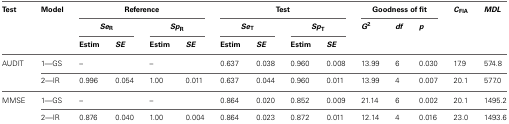
<table><thead><tr><td><b>Test</b></td><td><b>Model</b></td><td colspan="4"><b>Reference</b></td><td colspan="4"><b>Test</b></td><td colspan="3"><b>Goodness of fit</b></td><td><b><i>C</i><sub>FIA</sub></b></td><td><b><i>MDL</i></b></td></tr><tr><td></td><td></td><td colspan="2"><b><i>Se</i><sub>R</sub></b></td><td colspan="2"><b><i>Sp</i><sub>R</sub></b></td><td colspan="2"><b><i>Se</i><sub>T</sub></b></td><td colspan="2"><b><i>Sp</i><sub>T</sub></b></td><td><b><i>G</i><sup>2</sup></b></td><td><b><i>df</i></b></td><td><b><i>p</i></b></td><td colspan="2"></td></tr><tr><td></td><td></td><td><b>Estim</b></td><td><b><i>SE</i></b></td><td><b>Estim</b></td><td><b><i>SE</i></b></td><td><b>Estim</b></td><td><b><i>SE</i></b></td><td><b>Estim</b></td><td><b><i>SE</i></b></td><td></td><td></td><td></td><td></td></tr></thead><tbody><tr><td>AUDIT</td><td>1—GS</td><td>–</td><td></td><td>–</td><td></td><td>0.637</td><td>0.038</td><td>0.960</td><td>0.008</td><td>13.99</td><td>6</td><td>0.030</td><td>17.9</td><td>574.8</td></tr><tr><td></td><td>2—IR</td><td>0.996</td><td>0.054</td><td>1.00</td><td>0.011</td><td>0.637</td><td>0.044</td><td>0.960</td><td>0.011</td><td>13.99</td><td>4</td><td>0.007</td><td>20.1</td><td>577.0</td></tr><tr><td>MMSE</td><td>1—GS</td><td>–</td><td></td><td>–</td><td></td><td>0.864</td><td>0.020</td><td>0.852</td><td>0.009</td><td>21.14</td><td>6</td><td>0.002</td><td>20.1</td><td>1495.2</td></tr><tr><td></td><td>2—IR</td><td>0.876</td><td>0.040</td><td>1.00</td><td>0.004</td><td>0.864</td><td>0.023</td><td>0.872</td><td>0.011</td><td>12.14</td><td>4</td><td>0.016</td><td>23.0</td><td>1493.6</td></tr></tbody></table>